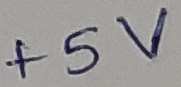
Text: +5V